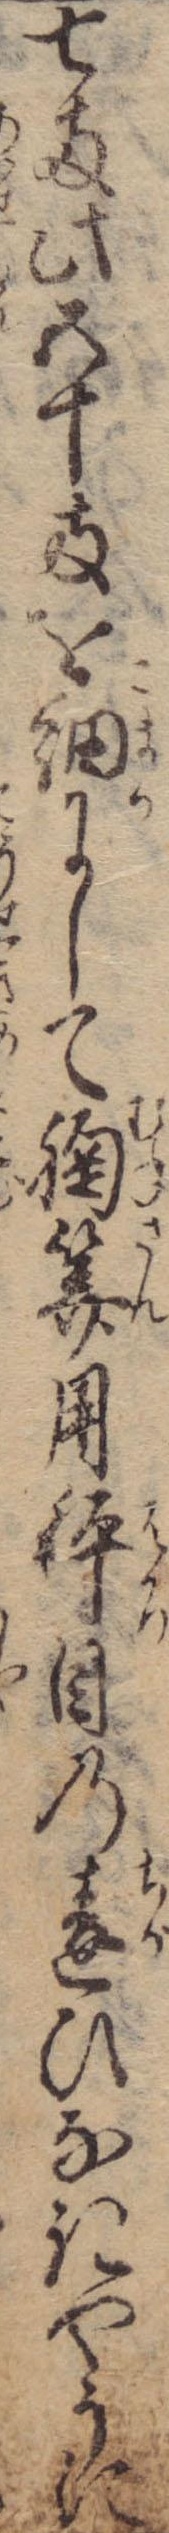
七両此五十両を細にして胸算用秤目の違ひなきやうに